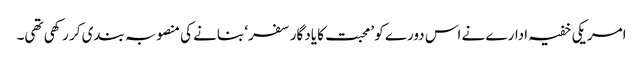
امریکی خفیہ ادارے نے اس دورے کو ’محبت کا یادگار سفر‘ بنانے کی منصوبہ بندی کر رکھی تھی۔